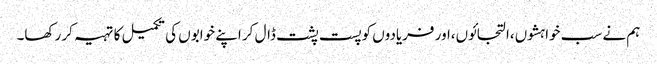
ہم نے سب خواہشوں،التجائوں،اور فریادوں کو پست پشت ڈال کر اپنے خوابوں کی تکمیل کا تہیہ کر رکھا۔